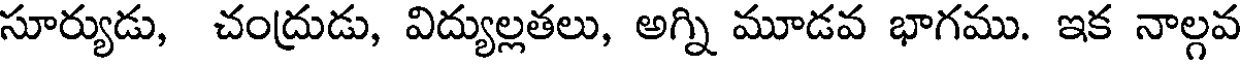
సూర్యుడు, చంద్రుడు, విద్యుల్లతలు, అగ్ని మూడవ భాగము. ఇక నాల్గవ